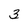
Character: 3